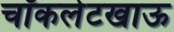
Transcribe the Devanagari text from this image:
चॉकलेटखाऊ